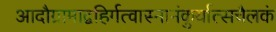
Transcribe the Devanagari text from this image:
आदौग्रामाद्वहिर्गत्वास्नानंकुर्यात्सचैलकं